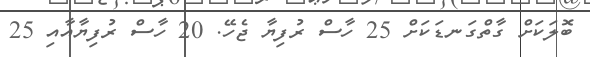
ބޮލަކަށް ގާތްގަނޑަކަށް 25 ހާސް ރުފިޔާ ޖެހޭ. 20 ހާސް ރުފިޔާއާއި 25